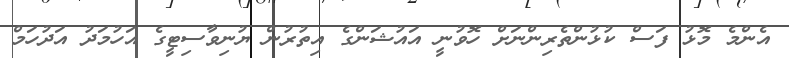
އެންމެ މޮޅު ފަސް ކުޅުންތެރިންނަށް ހޮވުނީ އައުޝަންގެ އިތުރުން ޔުނިވާސިޓީގެ އަހުމަދު އަދުހަމް